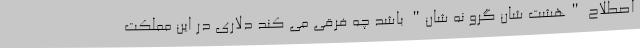
اصطلاح "هشت شان گرو نه شان" باشد چه فرقی می کند دلاری در این مملکت